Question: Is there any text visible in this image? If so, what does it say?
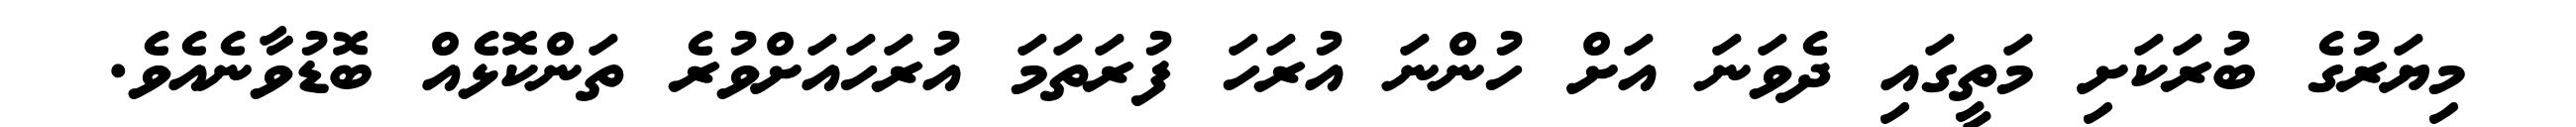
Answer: މިޔަރުގެ ބުރަކަށި މަތީގައި ދެވަނަ އަށް ހުންނަ އުރަހަ ފުރަތަމަ އުރަހައަށްވުރެ ތަންކޮޅެއް ބޮޑުވާނެއެވެ.